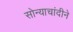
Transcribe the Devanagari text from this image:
सोन्याचांदीने